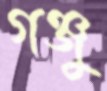
গঞ্জু